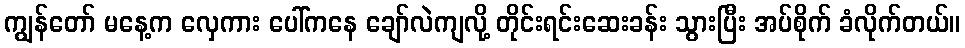
ကျွန်တော် မနေ့က လှေကား ပေါ်ကနေ ချော်လဲကျလို့ တိုင်းရင်းဆေးခန်း သွားပြီး အပ်စိုက် ခံလိုက်တယ်။